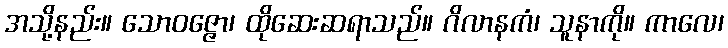
အသို့နည်း။ သောဝဇ္ဇော၊ ထိုဆေးဆရာသည်။ ဂိလာနကံ၊ သူနာကို။ ကာလေ၊